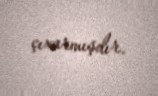
çıxarmışdır.